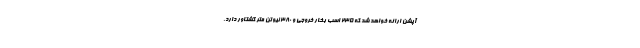
آپشن ارائه خواهد شد که 235 اسب بخار خروجی و 380 نیوتن متر گشتاور دارد.